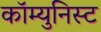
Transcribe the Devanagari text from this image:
कॉम्युनिस्ट